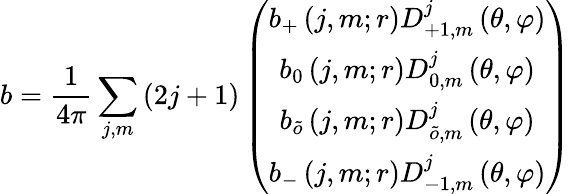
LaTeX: b=\frac{1}{4\pi}\sum_{j,m}\left(2j+1\right)\left(\begin{array}{c}{{b_{+}\left(j,m;r\right)D_{+1,m}^{j}\left(\theta,\varphi\right)}}\\ {{b_{0}\left(j,m;r\right)D_{0,m}^{j}\left(\theta,\varphi\right)}}\\ {{b_{\tilde{o}}\left(j,m;r\right)D_{\tilde{o},m}^{j}\left(\theta,\varphi\right)}}\\ {{b_{-}\left(j,m;r\right)D_{-1,m}^{j}\left(\theta,\varphi\right)}}\end{array}\right)